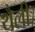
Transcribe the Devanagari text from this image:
थैली।